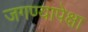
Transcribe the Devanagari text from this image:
जगण्यापेक्षा